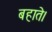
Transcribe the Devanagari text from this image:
बहाते।